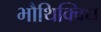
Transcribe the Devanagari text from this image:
भौथिक्विध